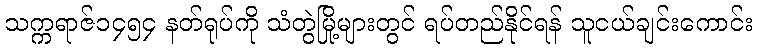
သက္ကရာဇ်၁၄၅၄ နတ်ရုပ်ကို သံတွဲမြို့များတွင် ရပ်တည်နိုင်ရန် သူငယ်ချင်းကောင်း